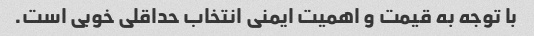
با توجه به قیمت و اهمیت ایمنی انتخاب حداقلی خوبی است.